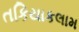
તકિયાકલામ